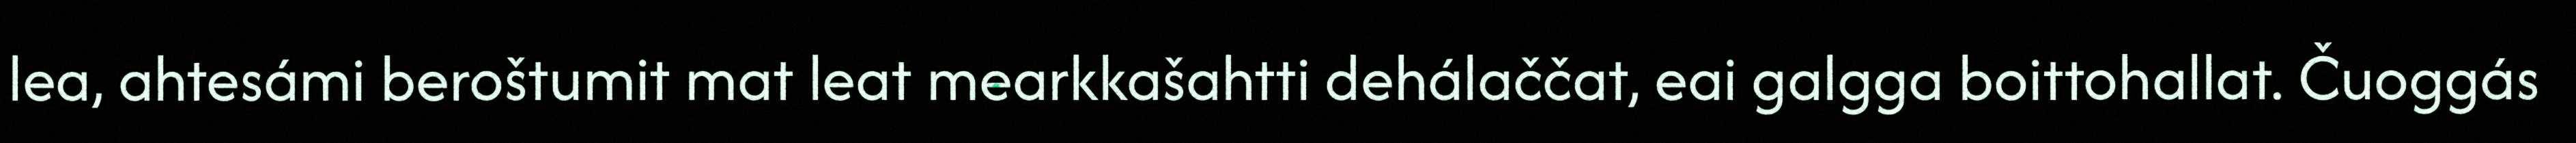
lea, ahtesámi beroštumit mat leat mearkkašahtti dehálaččat, eai galgga boittohallat. Čuoggás